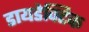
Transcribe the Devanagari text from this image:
डायडेक्टिक